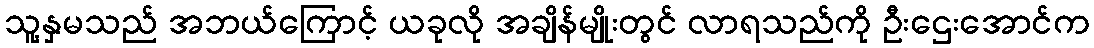
သူ့နှမသည် အဘယ်ကြောင့် ယခုလို အချိန်မျိုးတွင် လာရသည်ကို ဦးဌေးအောင်က